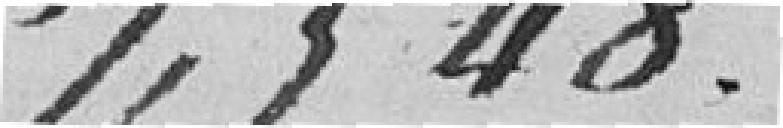
7,548 francs